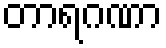
တာရဂဏာ